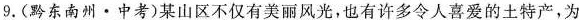
9.(黔东南州·中考)某山区不仅有美丽风光，也有许多令人喜爱的土特产，为